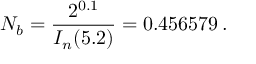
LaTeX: N _ { b } = \frac { 2 ^ { 0 . 1 } } { I _ { n } ( 5 . 2 ) } = 0 . 4 5 6 5 7 9 \, .